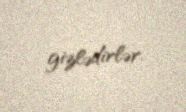
gizlədirlər.